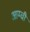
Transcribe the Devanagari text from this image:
आम्ची